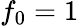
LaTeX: f_{0}=1